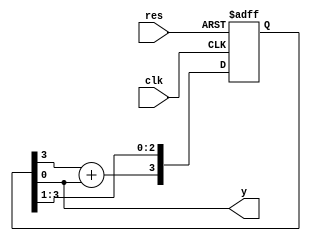
//
`timescale 1ns/10ps
module m_gen(clk, res, y);
input   clk;
input   res;
output  y;

reg[3:0]    d;
assign      y=d[0];
always @(posedge clk or negedge res) begin
    if (~res) begin
        d<=4'b1111;
    end
    else begin
        d[2:0] <= d[3:1];    //
        d[3] <= d[3]+d[0];   //2
    end
end
endmodule

module m_gen_tb();
reg     clk, res;
wire    y;
m_gen m_gen(.clk(clk), .res(res), .y(y));
initial begin
            clk <= 0; res <= 0;
    #10     res <= 1;
    #300    $stop;
end
always #5 clk=~clk;

initial begin
    $dumpfile("m_gen_tb.vcd");
    $dumpvars;
end
endmodule